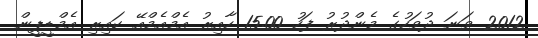
2012 ވަނަ ދުވަހުގެ މެންދުރު ފަހު 15.00 ހާއިރު އެމްއެމްއޭ ކައިރި އެމްޑީޕީން